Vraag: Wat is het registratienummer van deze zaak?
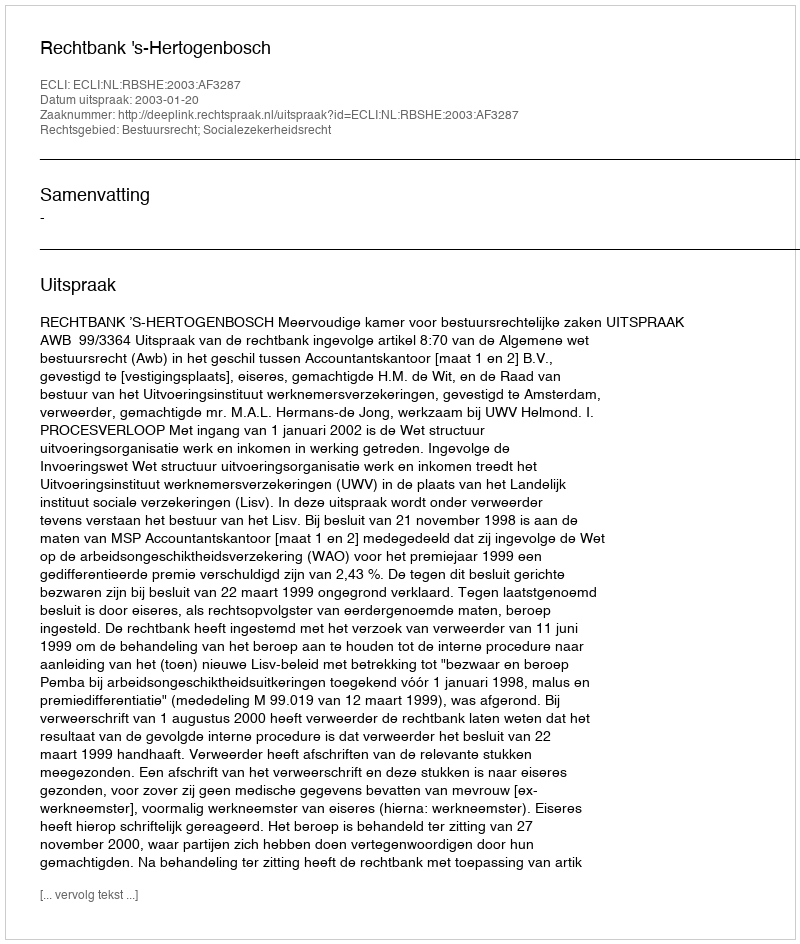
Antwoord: http://deeplink.rechtspraak.nl/uitspraak?id=ECLI:NL:RBSHE:2003:AF3287